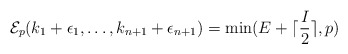
\begin{align*}\mathcal{E}_p(k_1+ \epsilon_1, \ldots, k_{n+1}+\epsilon_{n+1})=\mathrm{min}(E+\lceil \frac{I}{2}\rceil, p)\end{align*}